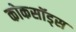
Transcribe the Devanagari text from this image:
कोकसॉड्स